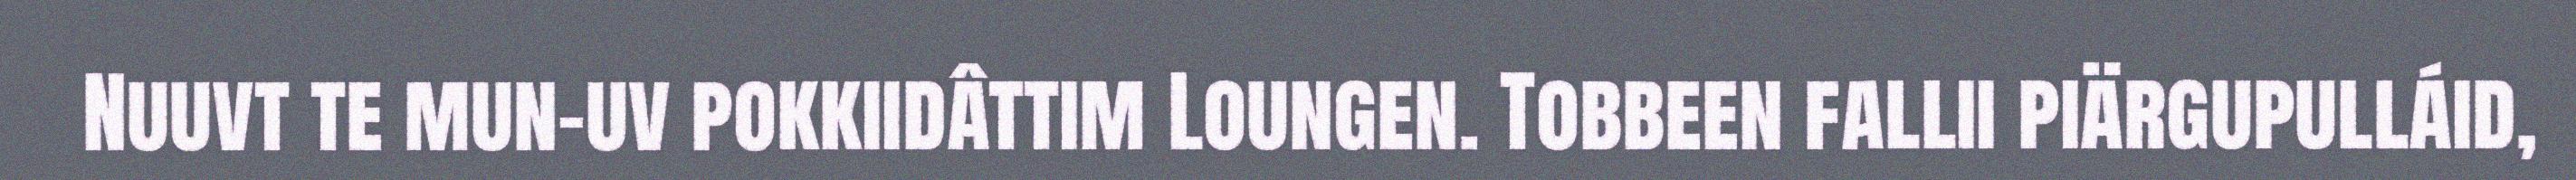
Nuuvt te mun-uv pokkiidâttim Loungen. Tobbeen fallii piärgupulláid,